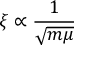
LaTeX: \xi \propto { \frac { 1 } { \sqrt { m \mu } } }